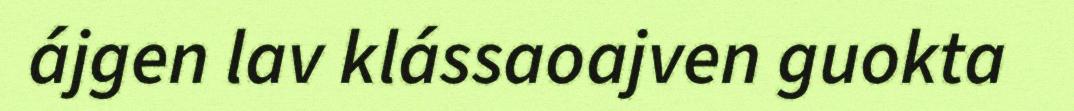
ájgen lav klássaoajven guokta